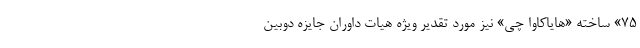
۷۵» ساخته «هایاکاوا چی» نیز مورد تقدیر ویژه هیات داوران جایزه دوبین